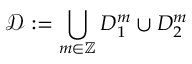
\mathcal { D } : = \bigcup _ { m \in \mathbb { Z } } D _ { 1 } ^ { m } \cup D _ { 2 } ^ { m }